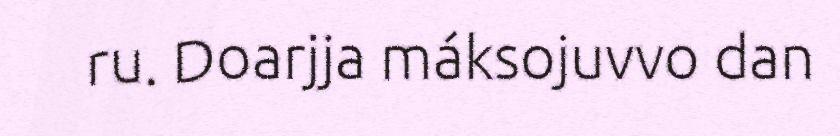
ru. Doarjja máksojuvvo dan